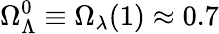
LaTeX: \Omega_{\Lambda}^{0}\equiv\Omega_{\lambda}(1)\approx 0.7